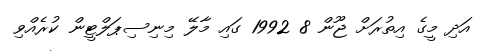
އަދި މީގެ އިތުރަށް ޖޫން 8 1992 ގައި މާލޭ މިނިސިޕަލްޓީން ކުރެއްވި